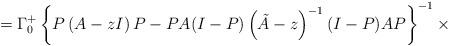
LaTeX: \begin{align*}=\Gamma_{0}^{+}\left\{ P\left( A-zI \right)P-PA(I-P)\left( \tilde{A}-z \right)^{-1}(I-P)AP \right\}^{-1}\times \end{align*}